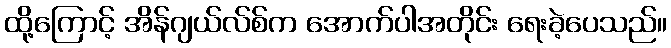
ထို့ကြောင့် အိန်ဂျယ်လ်စ်က အောက်ပါအတိုင်း ရေးခဲ့ပေသည်။